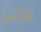
هزلي